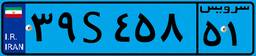
۶۱S۴۰۴۲۰